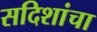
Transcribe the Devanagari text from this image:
सदिशांचा